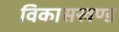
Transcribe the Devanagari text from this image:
विकासखण्‍ड